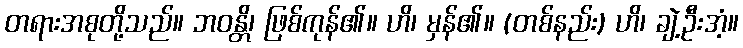
တရားအစုတို့သည်။ ဘဝန္တိ၊ ဖြစ်ကုန်၏။ ဟိ၊ မှန်၏။ (တစ်နည်း) ဟိ၊ ချဲ့ဦးအံ့။